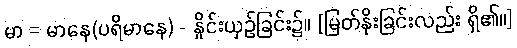
မာ = မာနေ(ပရိမာနေ) - နှိုင်းယှဉ်ခြင်း၌။ [မြတ်နိုးခြင်းလည်း ရှိ၏၊၊]